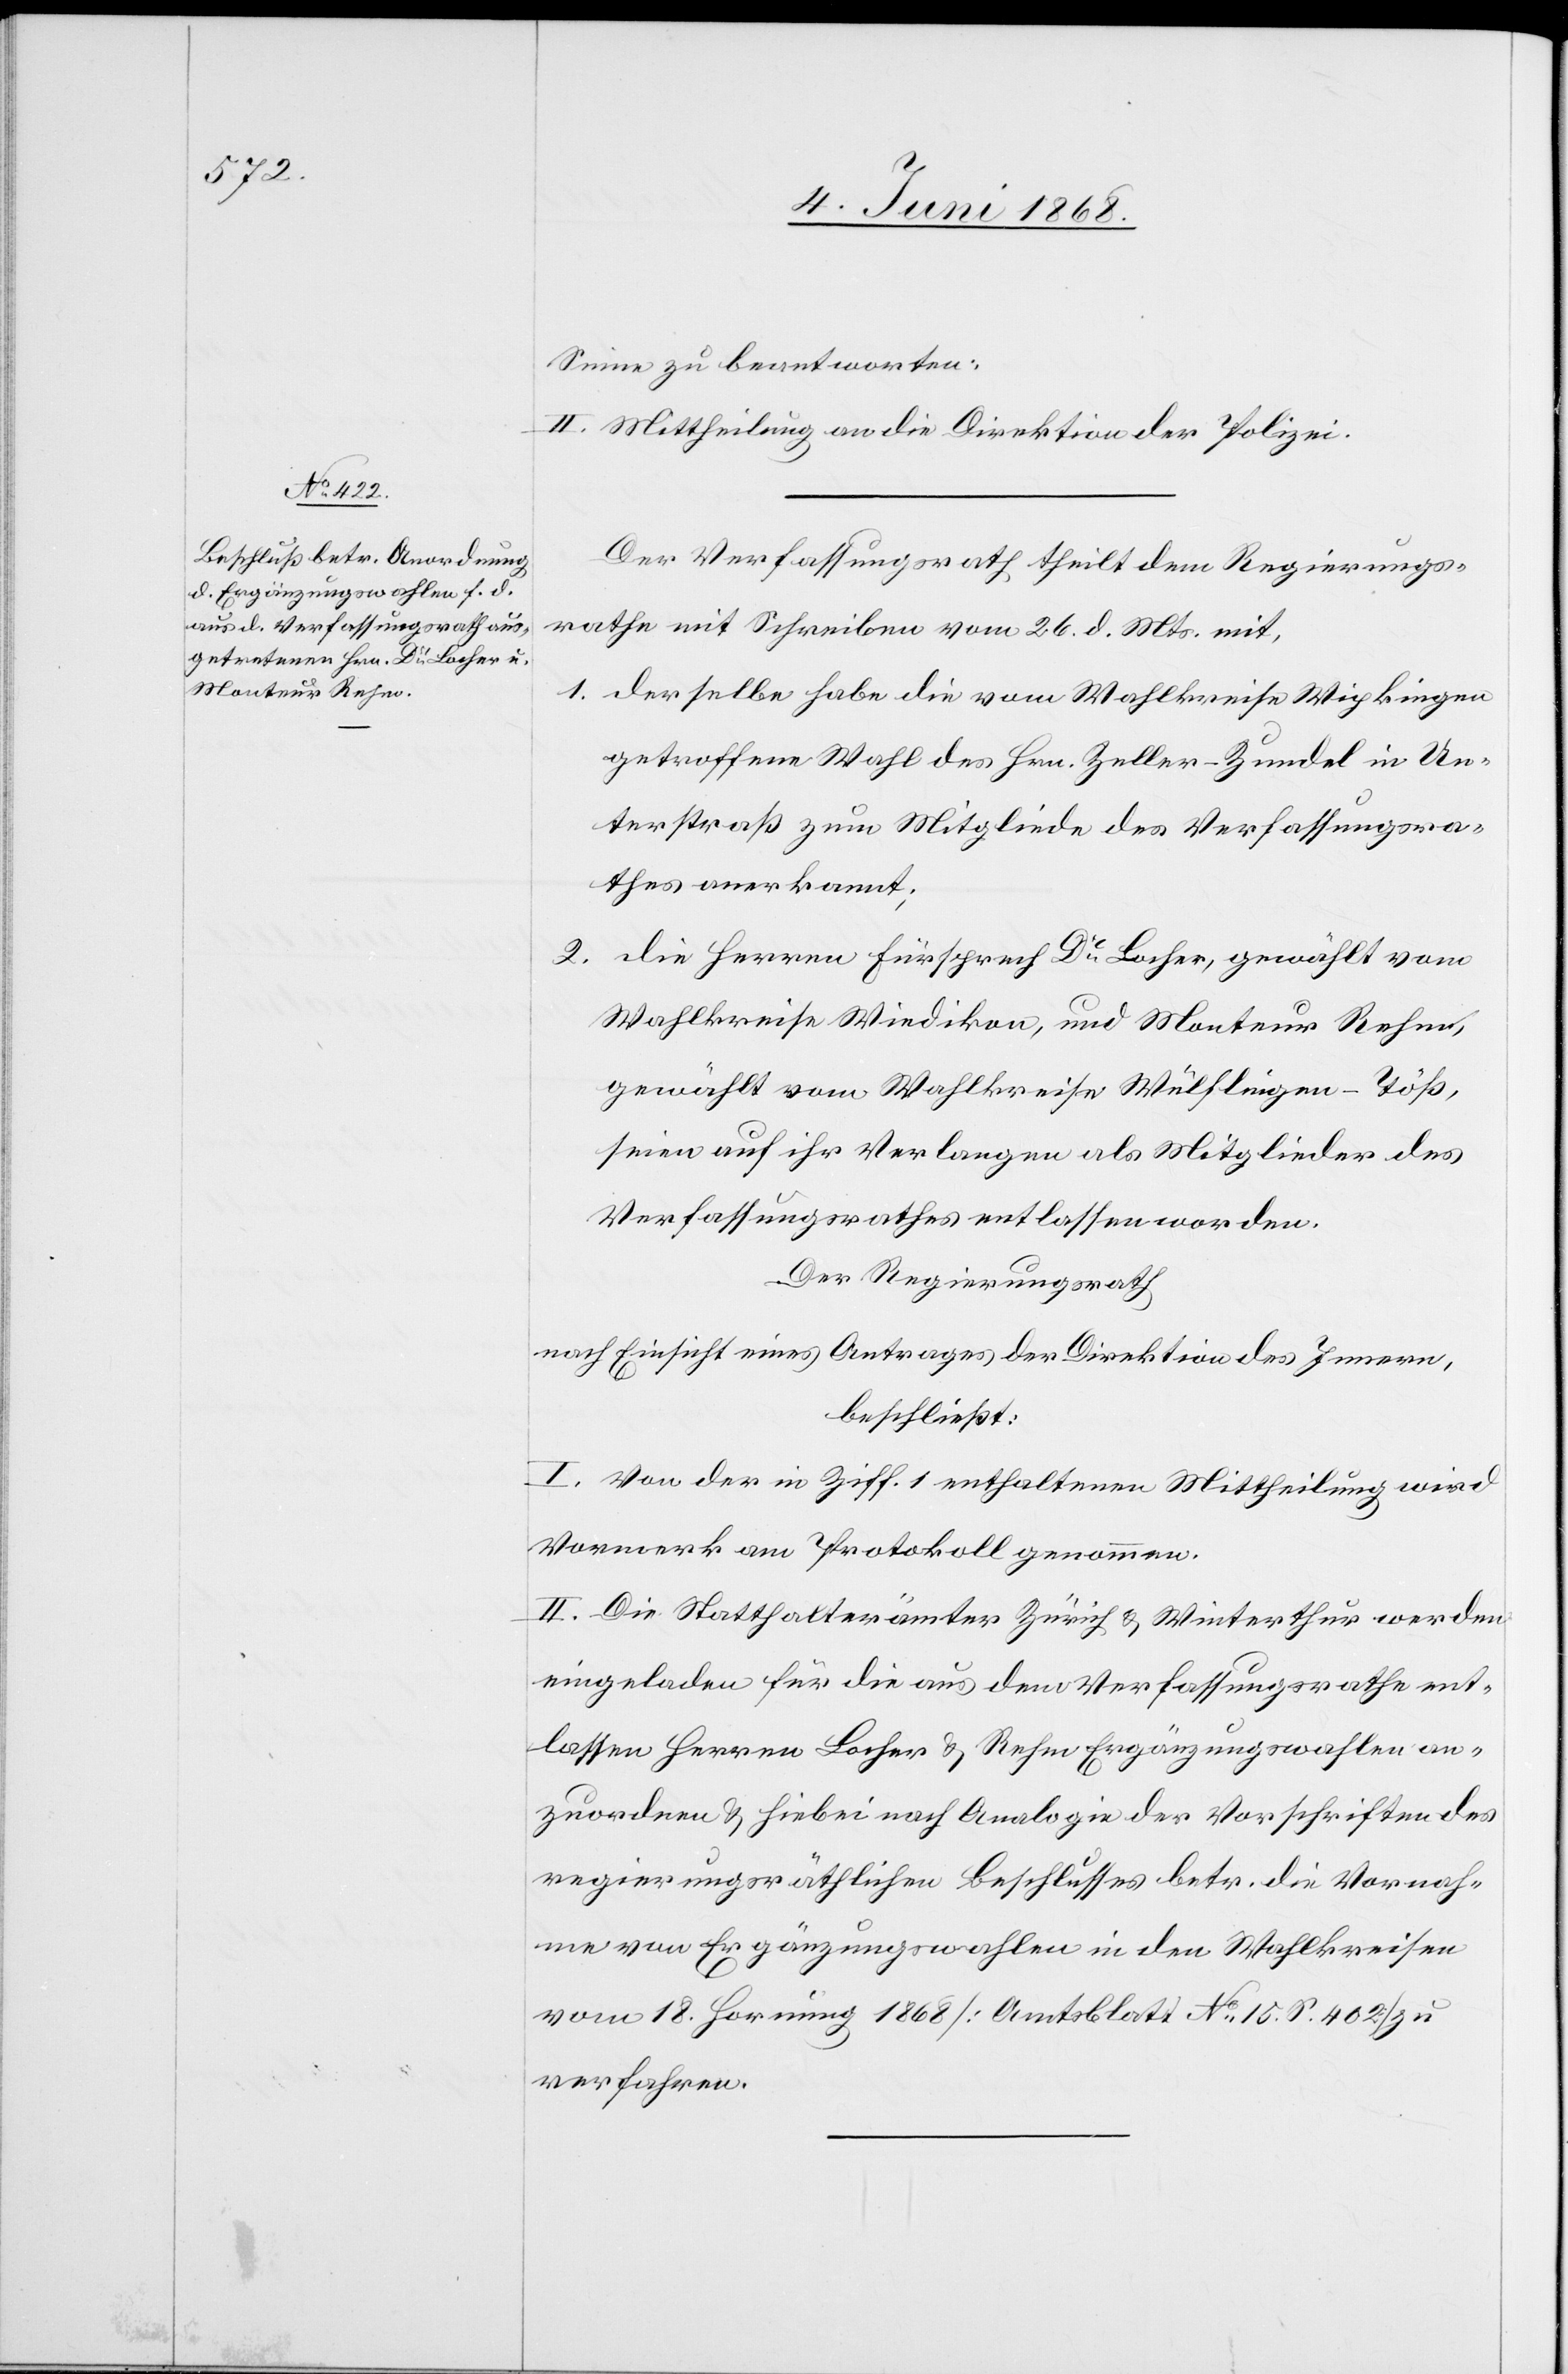
Sinne zu beantworten.
II. Mittheilung an die Direktion der Polizei.
Der Verfassungsrath theilt dem Regierungs¬
rathe mit Schreiben vom 26. d. Mts. mit,
derselbe habe die vom Wahlkreise Wipkingen
getroffene Wahl des Hrn. Zeller-Zundel in Un¬
terstraß zum Mitgliede des Verfassungsra¬
thes anerkannt;
die Herren Fürsprech Dr. Locher, gewählt vom
Wahlkreise Wiedikon, und Monteur Rehm,
gewählt vom Wahlkreise Wülflingen-Töß,
seien auf ihr Verlangen als Mitglieder des
Verfassungsrathes entlassen worden.
Der Regierungsrath
nach Einsicht eines Antrages der Direktion des Innern,
beschließt:
I. Von der in Ziff. 1 enthaltenen Mittheilung wird
Vormerk am Protokoll genommen.
II. Die Statthalterämter Zürich & Winterthur werden
eingeladen für die aus dem Verfassungsrathe ent¬
lassen[en] Herren Locher & Rehm Ergänzungswahlen an¬
zuordnen & hiebei nach Analogie der Vorschriften des
regierungsräthlichen Beschlusses betr. die Vornah¬
me von Ergänzungswahlen in den Wahlkreisen
vom 18. Hornung 1868 [Amtsblatt No. 15. S. 402] zu
verfahren.